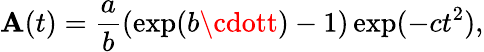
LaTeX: \mathbf{A}(t)=\frac{{a}}{{b}}\left(\exp(b\cdott)-1\right)\exp(-ct^{2}),